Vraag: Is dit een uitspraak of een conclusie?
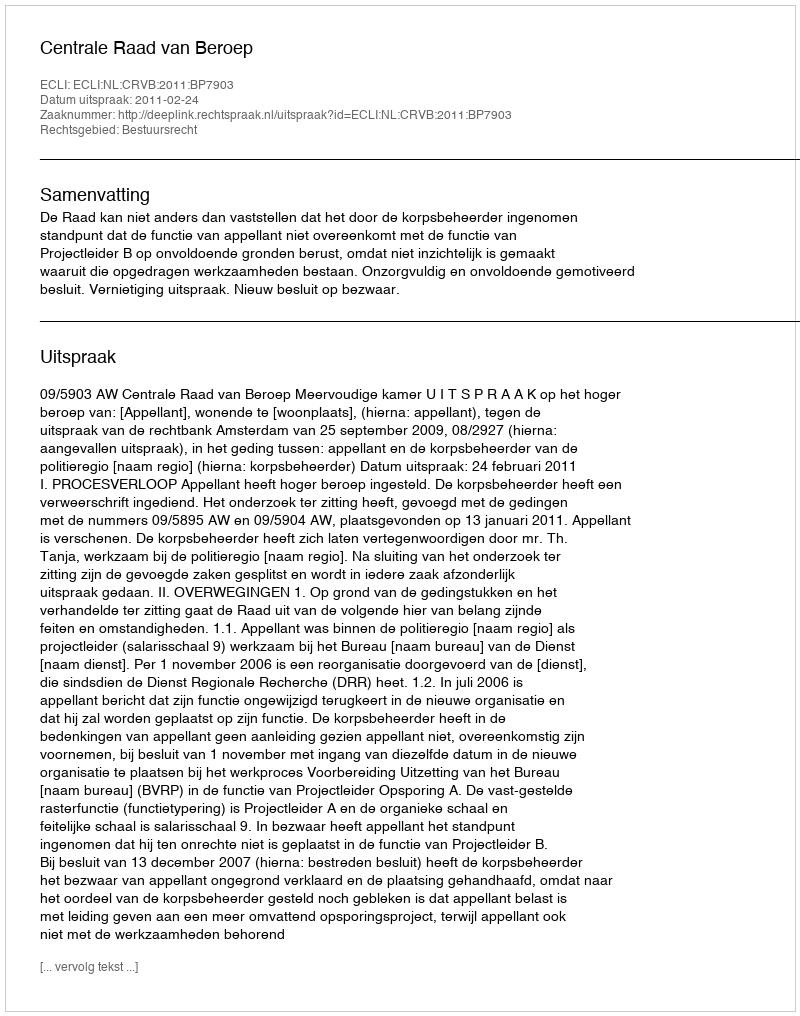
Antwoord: Uitspraak